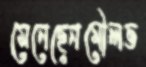
মেনেছেনমৌলভ